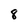
Character: 8